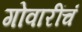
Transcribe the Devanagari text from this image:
गोवारींचं